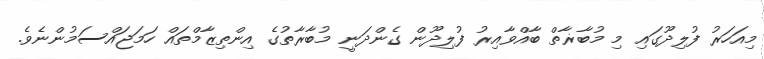
މިއަހަރު ފުލިދޫގައި މި މުބާޜާތް ބާއްވާއިރު ފުލިދޫން ގެންދަނީ މުބާރާތުގެ އިންތިޒާމްތައް ހަމަޖައްސަމުންނެވެ.